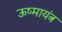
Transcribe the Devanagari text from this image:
ऊष्मायंत्र